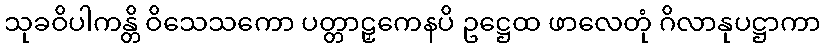
သုခဝိပါကန္တိ ဝိသေသကော ပတ္တာဠှကေနပိ ဥဋ္ဌေထ ဖာလေတုံ ဂိလာနုပဋ္ဌာကာ